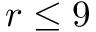
r \leq 9